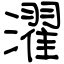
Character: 濯